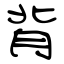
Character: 背